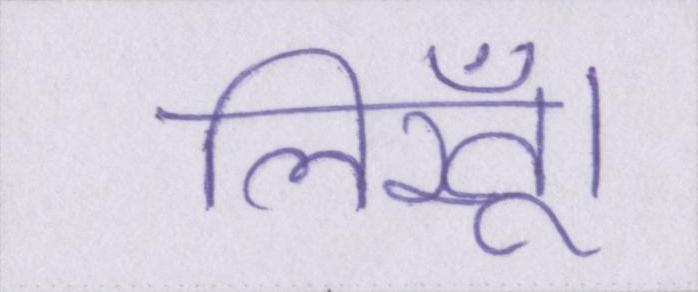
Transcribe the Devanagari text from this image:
लिखूँ।